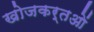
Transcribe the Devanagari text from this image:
खोजकर्तओं